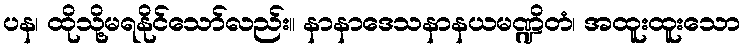
ပန၊ ထိုသို့မရနိုင်သော်လည်း။ နာနာဒေသနာနယမဏ္ဍိတံ၊ အထူးထူးသော